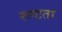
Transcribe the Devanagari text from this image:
रूष्टता